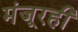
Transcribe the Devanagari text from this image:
मंजूरही